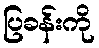
ပြခန်းကို